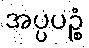
အပ္ပပဉ္စံ